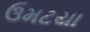
ઉમટયા